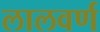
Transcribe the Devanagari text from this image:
लालवर्ण